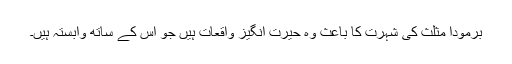
برمودا مثلث کی شہرت کا باعث وہ حیرت انگیز واقعات ہیں جو اس کے ساتھ وابستہ ہیں۔